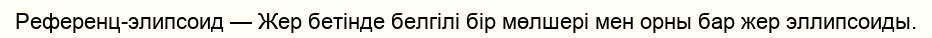
Референц-элипсоид — Жер бетінде белгілі бір мөлшері мен орны бар жер эллипсоиды.